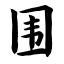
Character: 围